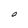
Character: O